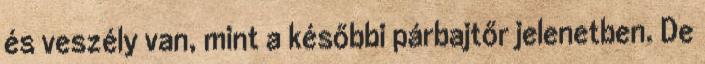
és veszély van, mint a későbbi párbajtőr jelenetben. De